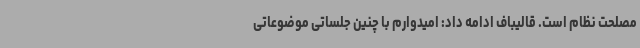
مصلحت نظام است. قالیباف ادامه داد: امیدوارم با چنین جلساتی موضوعاتی